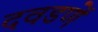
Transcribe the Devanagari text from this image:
दवडणें